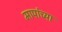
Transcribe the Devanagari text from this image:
मापांच्या